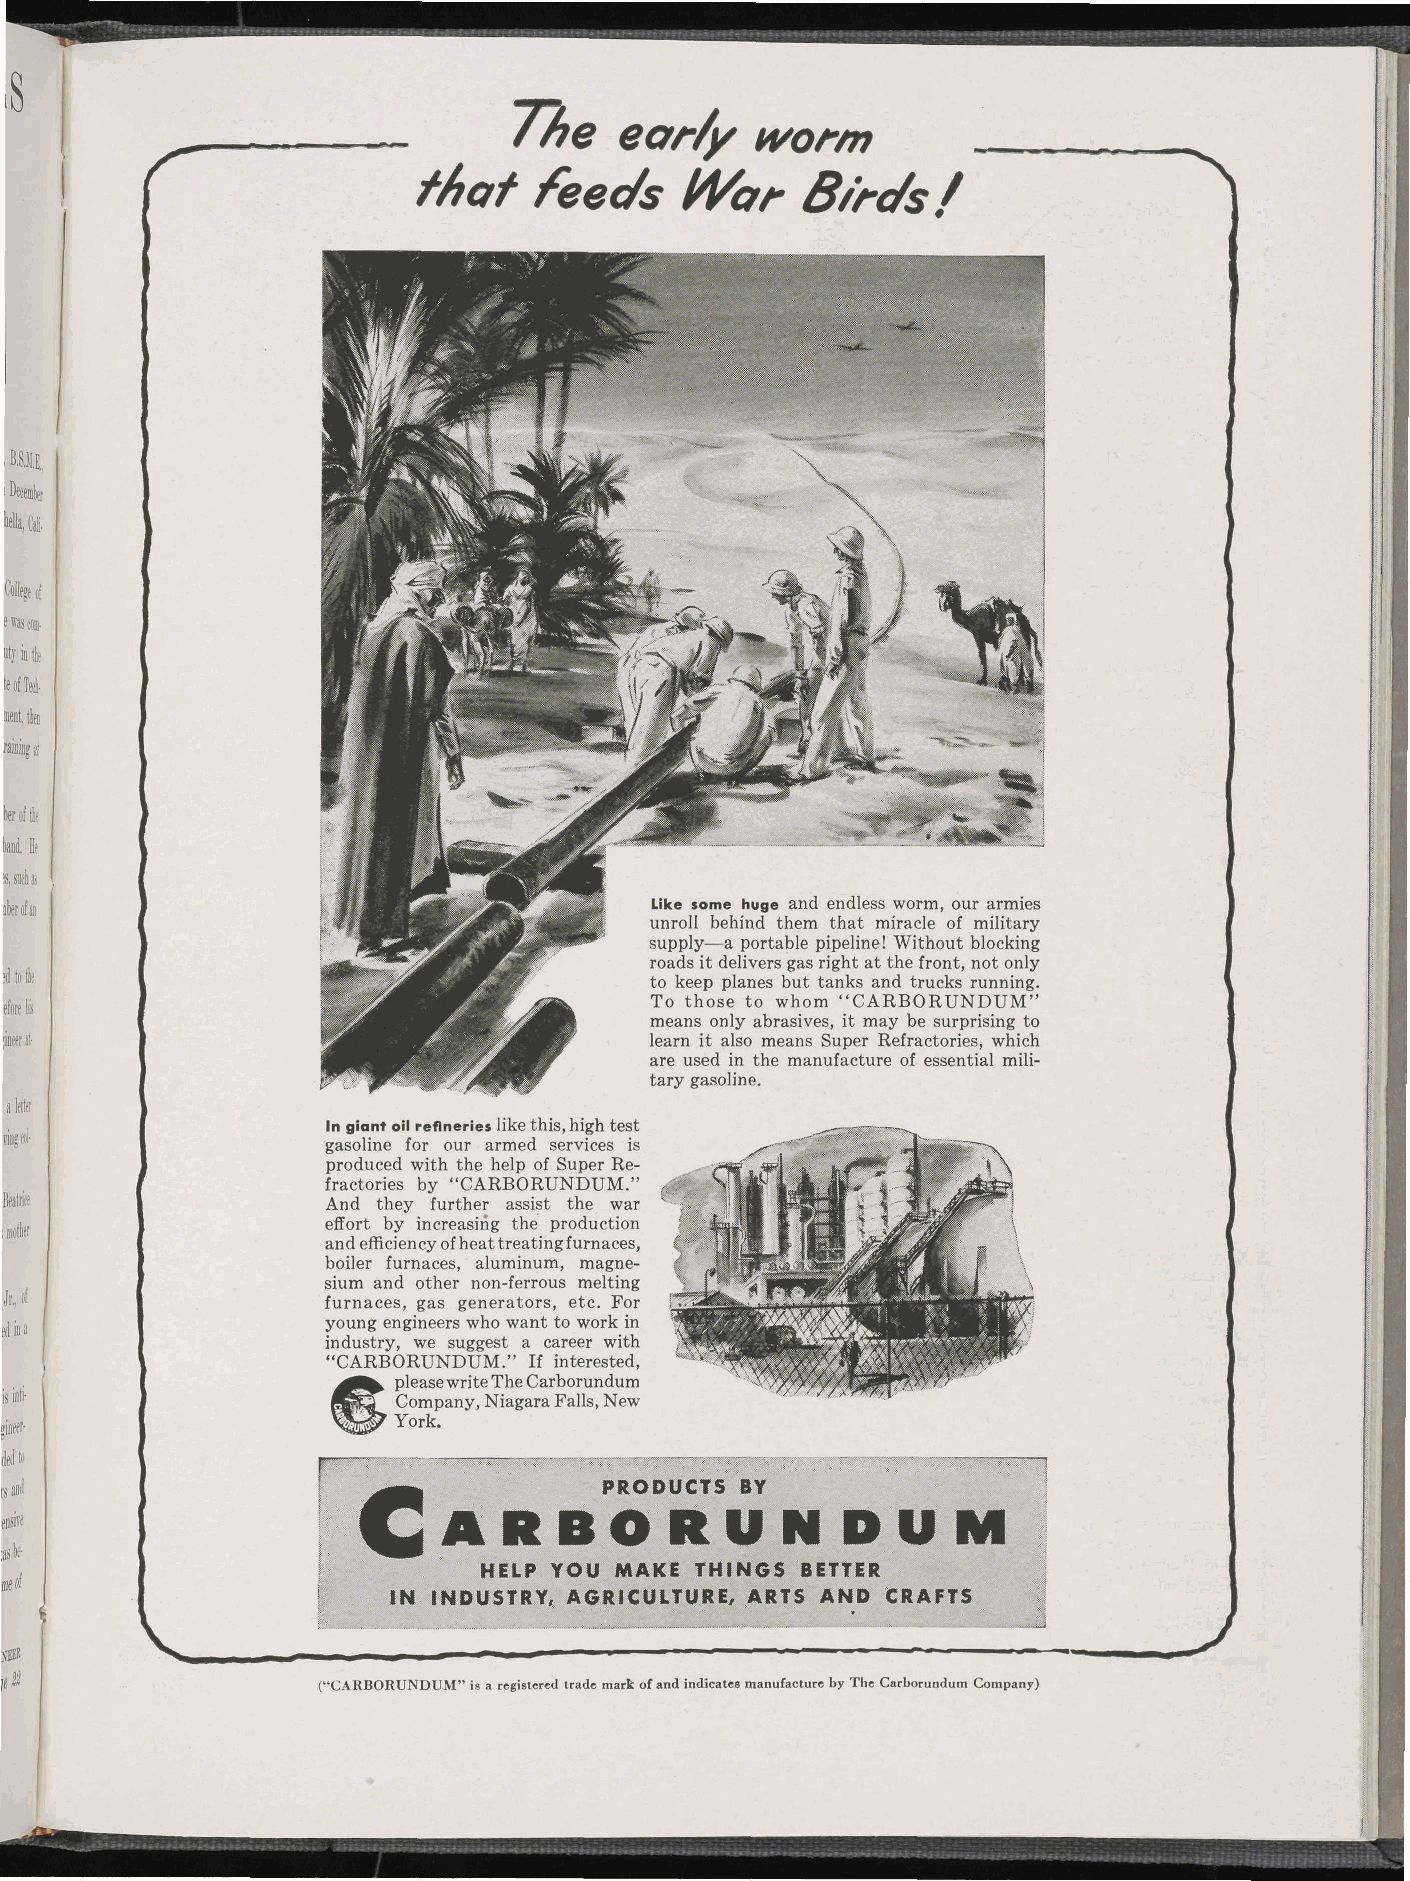
rfiffiihitii mm$^
 .8
 r                        The    ear//   worm
 that   feeds     IVar     8/rt/s/
 December
 *,Ci
 College ol
 e was com-
 itfiifc
 leofW-
 Ml,h
 raking it
 beroli
 ltwrofia                                   Like some huge and endless worm, our armies
 unroll behind them that miracle of military
 supply—a portable pipeline! Without blocking
 roads it delivers gas right at the front, not only
 id to it
 to keep planes but tanks and trucks running.
 eta 1B                                     To those to whom "CARBORUNDUM"
 means only abrasives, it may be surprising to
 jmt                                        learn it also means Super Refractories, which
 are used in the manufacture of essential mili
 tary gasoline.
 a letter
 In giant oil refineries like this, high test
 ving eol-
 gasoline for our armed services is
 produced with the help of Super Re
 fractories by "CARBORUNDUM."
 Batw                  And they further assist the war
 : mother              effort by increasing the production
 and efficiency of heat treating furnaces,
 boiler furnaces, aluminum, magne
 sium and other non-ferrous melting
 Jr, «l               furnaces, gas generators, etc. For
 ed in a               young engineers who want to work in
 industry, we suggest a career with
 "CARBORUNDUM." If interested,
 please write The Carborundum
 is inti-                  Company, Niagara Falls, New
 York.
 j0'
 c
 said                                    PRODUCTS BY
 ARBORUNDUM
 HELP YOU MAKE THINGS BETTER
 •INDUSTRY,  AGRICULTURE, ARTS AND CRAFTS
 ("CARBORUNDUM" is a registered trade mark of and indicates manufacture by The Carborundum Company)